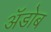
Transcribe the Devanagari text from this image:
अॅडोब